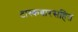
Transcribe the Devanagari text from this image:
टास्कबारसहित